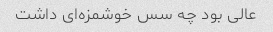
عالی بود چه سس خوشمزه‌ای داشت